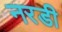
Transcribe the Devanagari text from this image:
नरडी